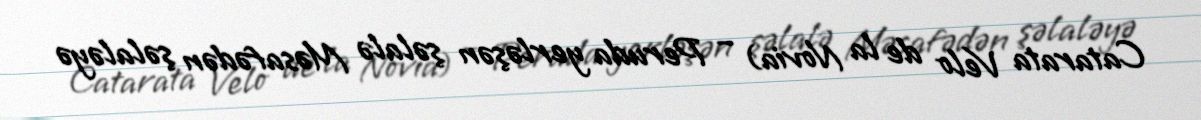
Catarata Velo de la Novia) – Peruda yerləşən şəlalə Məsafədən şəlaləyə